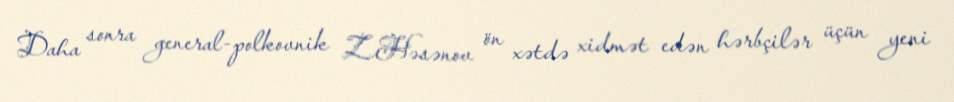
Daha sonra general-polkovnik Z.Həsənov ön xətdə xidmət edən hərbçilər üçün yeni